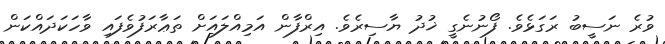
ވުރެ ނަސީބު ރަގަޅެވެ. ފޯނުނެގީ ޚުދު ޔާސިރެވެ. އިރްފާން އަމިއްލައަށް ތަޢާރަފުވެފައި ވާހަކަދައްކަން